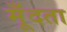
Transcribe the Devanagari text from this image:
मूँदता